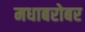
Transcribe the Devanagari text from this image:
मधाबरोबर